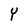
Character: Y